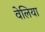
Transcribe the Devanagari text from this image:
वेलिया